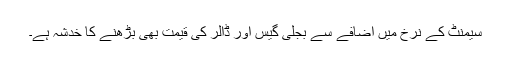
سیمنٹ کے نرخ میں اضافے سے بجلی گیس اور ڈالر کی قیمت بھی بڑھنے کا خدشہ ہے۔